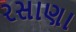
રસાણા